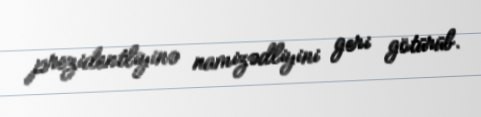
prezidentliyinə namizədliyini geri götürüb.